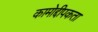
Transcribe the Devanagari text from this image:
कामोद्दीपकता